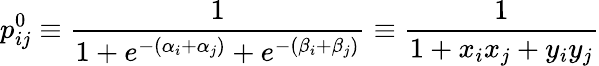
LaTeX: p_{ij}^{0}\equiv\frac{1}{1+e^{-(\alpha_{i}+\alpha_{j})}+e^{-(\beta_{i}+\beta_{j})}}\equiv\frac{1}{1+x_{i}x_{j}+y_{i}y_{j}}